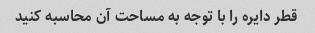
قطر دایره را با توجه به مساحت آن محاسبه کنید